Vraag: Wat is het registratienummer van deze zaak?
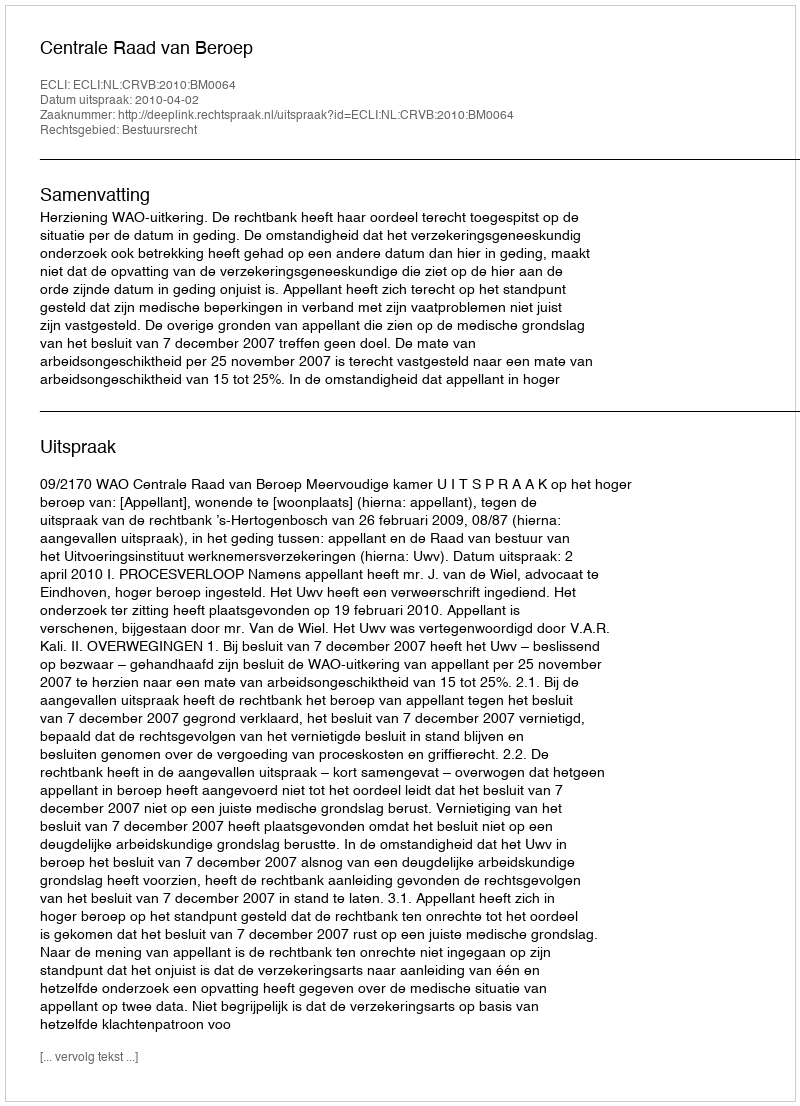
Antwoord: http://deeplink.rechtspraak.nl/uitspraak?id=ECLI:NL:CRVB:2010:BM0064